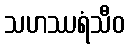
သဟဿရံသီဝ